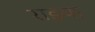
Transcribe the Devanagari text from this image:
राइया